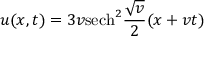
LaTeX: u ( x , t ) = 3 v \mathrm { s e c h } ^ { 2 } { \frac { \sqrt { v } } { 2 } } ( x + v t )